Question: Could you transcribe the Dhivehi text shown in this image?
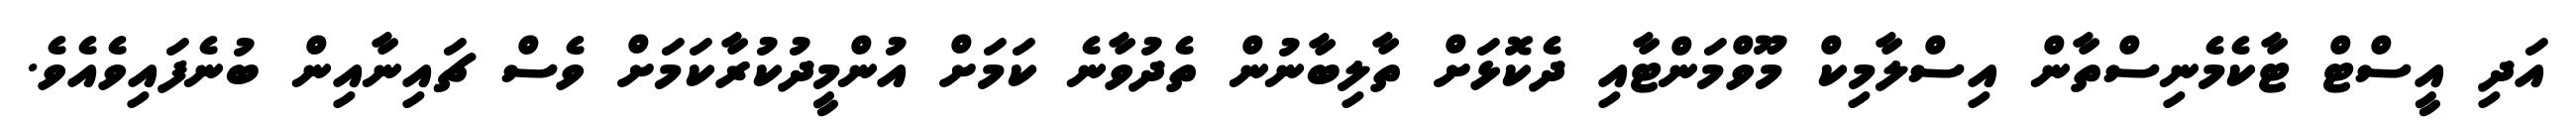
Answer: އަދި އީސްޓް ޓާކެމެނިސްތާން އިސްލާމިކް މޫވްމަންޓާއި ދެކޮޅަށް ތާލިބާނުން ތެދުވާނެ ކަމަށް އުންމީދުކުރާކަމަށް ވެސް ޗައިނާއިން ބުނެފައިވެއެވެ.